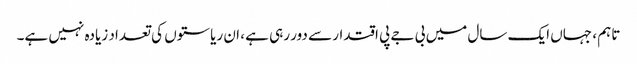
تاہم ، جہاں ایک سال میں بی جے پی اقتدار سے دور رہی ہے ، ان ریاستوں کی تعداد زیادہ نہیں ہے۔